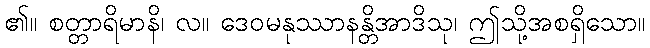
၏။ စတ္တာရိမာနိ၊ လ။ ဒေဝမနုဿာနန္တိအာဒိသု၊ ဤသို့အစရှိသော။